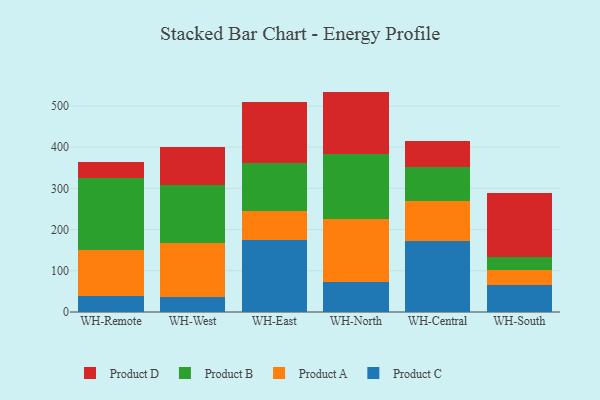
{"axis": {"x": "Warehouse", "y": "Backlog"}, "legend": ["Product A", "Product B", "Product C", "Product D"], "data": [{"x": "WH-Remote", "y": 38.5, "type": "Product C"}, {"x": "WH-Remote", "y": 110.8, "type": "Product A"}, {"x": "WH-Remote", "y": 176.2, "type": "Product B"}, {"x": "WH-Remote", "y": 38.3, "type": "Product D"}, {"x": "WH-West", "y": 36.4, "type": "Product C"}, {"x": "WH-West", "y": 132.0, "type": "Product A"}, {"x": "WH-West", "y": 138.7, "type": "Product B"}, {"x": "WH-West", "y": 94.0, "type": "Product D"}, {"x": "WH-East", "y": 174.0, "type": "Product C"}, {"x": "WH-East", "y": 70.6, "type": "Product A"}, {"x": "WH-East", "y": 117.8, "type": "Product B"}, {"x": "WH-East", "y": 146.5, "type": "Product D"}, {"x": "WH-North", "y": 73.0, "type": "Product C"}, {"x": "WH-North", "y": 152.5, "type": "Product A"}, {"x": "WH-North", "y": 158.0, "type": "Product B"}, {"x": "WH-North", "y": 151.3, "type": "Product D"}, {"x": "WH-Central", "y": 173.0, "type": "Product C"}, {"x": "WH-Central", "y": 96.2, "type": "Product A"}, {"x": "WH-Central", "y": 83.1, "type": "Product B"}, {"x": "WH-Central", "y": 62.3, "type": "Product D"}, {"x": "WH-South", "y": 65.0, "type": "Product C"}, {"x": "WH-South", "y": 36.4, "type": "Product A"}, {"x": "WH-South", "y": 31.8, "type": "Product B"}, {"x": "WH-South", "y": 155.8, "type": "Product D"}]}